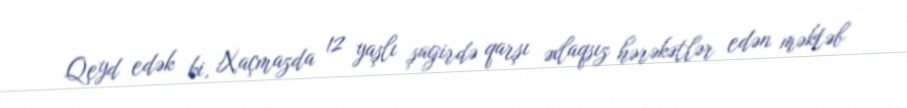
Qeyd edək ki, Xaçmazda 12 yaşlı şagirdə qarşı əxlaqsız hərəkətlər edən məktəb